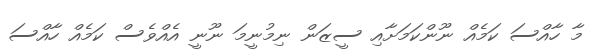
މާ ހާއްސަ ކަމެއް ނޫންކަމަށާއި ސީޒަން ނިމުނީމަ ނޫނީ އެއްވެސް ކަމެއް ހާއްސަ